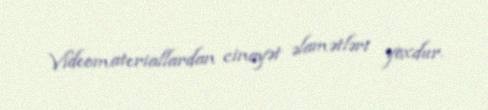
Videomateriallardan cinayət əlamətləri yoxdur.